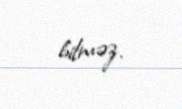
bilməz.